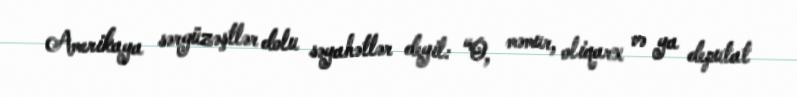
Amerikaya sərgüzəştlər dolu səyahətlər deyil: “O, məmur, oliqarx və ya deputat